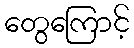
တွေကြောင့်